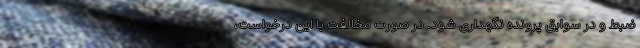
ضبط و در سوابق پرونده نگهداری شود. در صورت مخالفت با این درخواست،